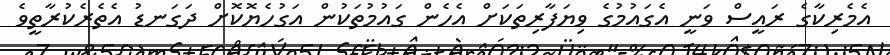
އެމެރިކާގެ ރައީސް ވަނީ އެގައުމުގެ ވިޔަފާރިތަކަށް އެހެން ގައުމުތަކުން އަގުހެޔޮކޮށް ދަގަނޑު އެތެރެކުރާތީވެ